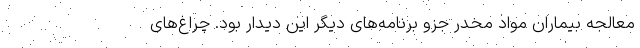
معالجه بیماران مواد مخدر جزو برنامه‌های دیگر این دیدار بود. چراغ‌های